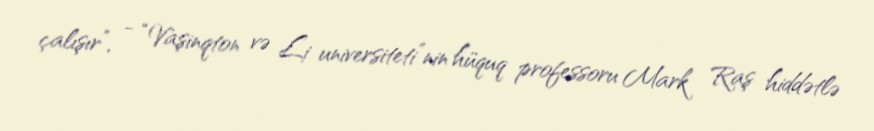
çalışır”, - “Vaşinqton və Li universiteti”nin hüquq professoru Mark Raş hiddətlə